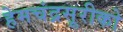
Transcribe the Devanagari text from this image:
हेमचंद्रसूरीको